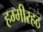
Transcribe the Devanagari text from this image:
हम्मीरहठ